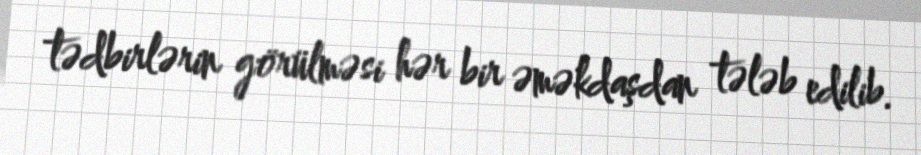
tədbirlərin görülməsi hər bir əməkdaşdan tələb edilib.